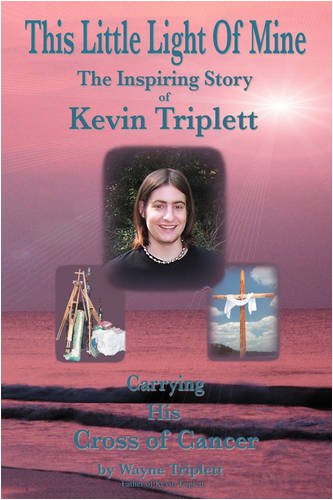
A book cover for This Little Light Of Mine: The Inspiring Story of Kevin Triplett E¦ Carrying His Cross of Cancer; Wayne Triplett; Computers & Technology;